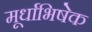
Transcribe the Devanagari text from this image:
मूर्धाभिषेक